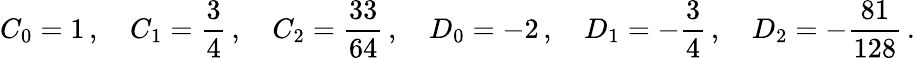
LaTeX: C_{0}=1\, ,\quad C_{1}=\frac{3}{4}\, ,\quad C_{2}=\frac{33}{64}\, ,\quad D_{0}=-2\, ,\quad D_{1}=-\frac{3}{4}\, ,\quad D_{2}=-\frac{81}{128}\, .